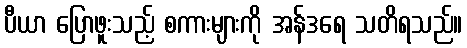
ပီယာ ပြောဖူးသည့် စကားများကို အန်ဒရေ သတိရသည်။